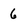
Character: 6